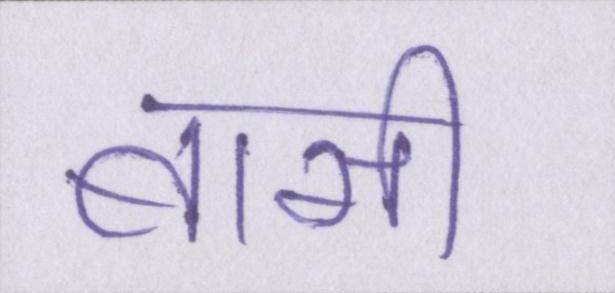
बासी